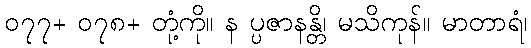
၀၇၇+ ၀၇၈+ တုံ့ကို။ န ပ္ပဇာနန္တိ၊ မသိကုန်။ မာတာရံ၊